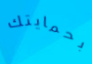
بحمايتك